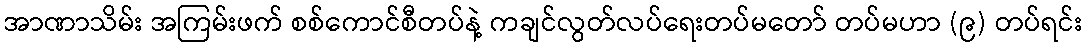
အာဏာသိမ်း အကြမ်းဖက် စစ်ကောင်စီတပ်နဲ့ ကချင်လွတ်လပ်ရေးတပ်မတော် တပ်မဟာ (၉) တပ်ရင်း